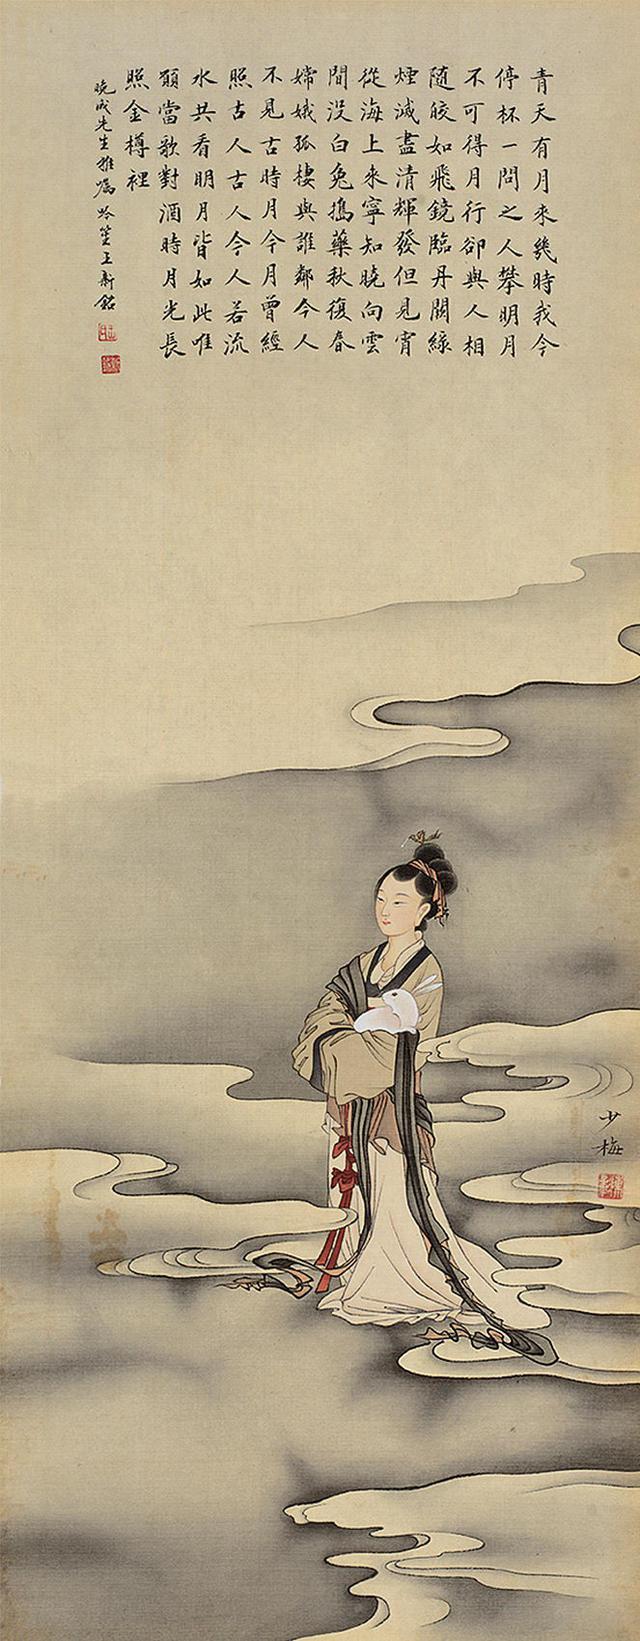
青天有月来几时？我今停杯一问之。